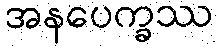
အနပေက္ခဿ